Annual report on the Civil Veterinary Department, Burma (including the Insein Veterinary School) - 1923-1931
Year: 1923
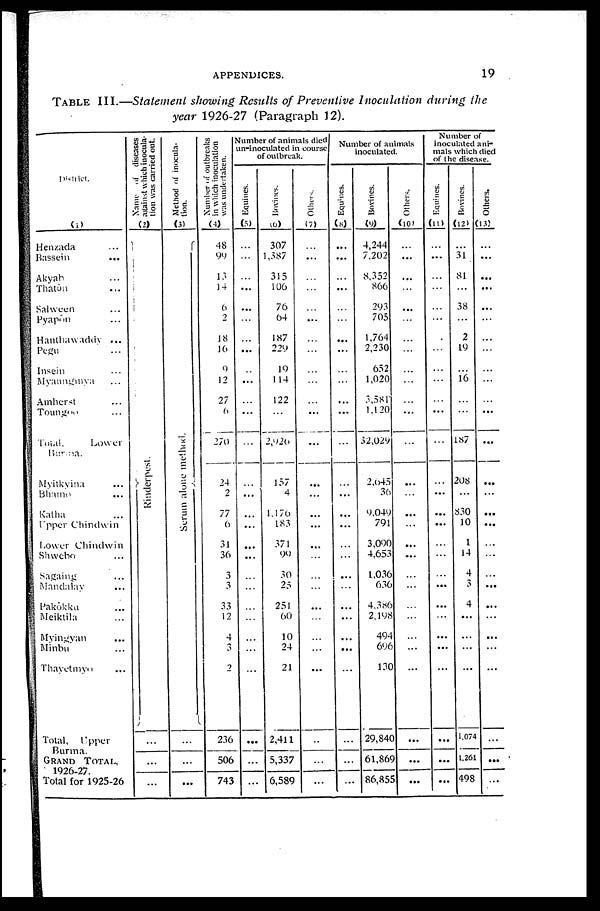
APPENDICES.
19
TABLE III.—Statement showing Results of Preventive Inoculation during the
year 1926-27 (Paragraph 12).
District.
(1)
Henzada ...
Bassein ...
Akyah ...
Thatôn ...
Salween ...
Pyapôn ...
Hanthawaddy ...
Pegu ...
Insein ...
Myaungmya ...
Amherst ...
Toungon ...
Total.
Lower
Burina.
Myitkyina ...
Bhamo ...
Katha ...
Upper Chindwin
Lower Chindwin
Shwebo ...
Sagaing ...
Mandalay ...
Pakôkku ...
Meiktila ...
Myingyan ...
Minbu ...
Thayetmyo ...
Total, Upper
Burma.
GRAND
TOTAL,
1926-27.
Total for 1925-26
Name of diseases
against which inocula-
tion was carried out.
(2)
Rinderpest.
...
...
...
Method of inocula-
tion.
(3)
Se r
um alone method.
...
...
...
Number of outbreaks
in which inoculation
was undertaken.
(4)
48
99
13
14
6
2
18
16
9
12
27
6
270
24
2
77
6
31
36
3
3
33
12
...
3
2
236
506
743
Number of animals died
un-inoculated in course
of outbreak.
Equines.
(5)
...
...
...
...
...
...
...
...
...
...
...
...
...
...
...
...
...
...
...
...
...
...
...
...
...
...
...
...
...
Bovines.
(6)
307
1,387
315
106
76
64
187
229
19
1 14
122
...
2,926
157
4
1,176
183
371
99
30
25
251
60
10
24
21
2,411
5,337
6,589
Others.
(7)
...
...
...
...
...
...
...
...
...
...
...
...
...
...
...
...
...
...
...
...
...
...
...
...
...
...
...
...
...
Number of animals
inoculated.
Equines.
(8)
...
...
...
...
...
...
...
...
...
...
...
...
...
...
...
...
...
...
...
...
...
...
...
...
...
...
...
...
...
Bovines.
(9)
4,244
7,202
8,352
866
293
705
1,764
2,230
652
1,020
3,581
1,120
32,029
2,645
36
9,049
791
3,090
4,653
1,036
636
4,386
2,198
494
696
130
29,840
61,869
86,855
Others.
(10)
...
...
...
...
...
...
...
...
...
...
...
...
...
...
...
...
...
...
...
...
...
...
...
...
...
...
...
...
...
Number of
inoculated ani-
mals which died
of the disease.
Equines.
(11)
...
...
...
...
...
...
...
...
...
...
...
...
...
...
...
...
...
...
...
...
...
...
...
...
...
...
...
...
...
Bovines.
(12)
...
31
81
...
38
...
2
19
...
16
...
...
187
208
...
830
10
1
14
4
3
4
...
...
...
...
1,074
1,261
498
Others.
(13)
...
...
...
...
...
...
...
...
...
...
...
...
...
...
...
...
...
...
...
...
...
...
...
...
...
...
...
...
...